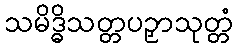
သမိဒ္ဓိသတ္တပဉှာသုတ္တံ